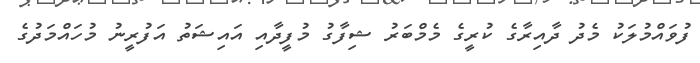
ފުވައްމުލަކު މެދު ދާއިރާގެ ކުރީގެ މެމްބަރު ޝިފާގު މުފީދާއި އައިޝަތު އަފުރީނު މުހައްމަދުގެ